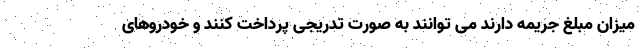
میزان مبلغ جریمه دارند می توانند به صورت تدریجی پرداخت کنند و خودروهای